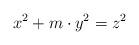
LaTeX: \begin{align*} x^2 + m\cdot y^2 = z^2\end{align*}